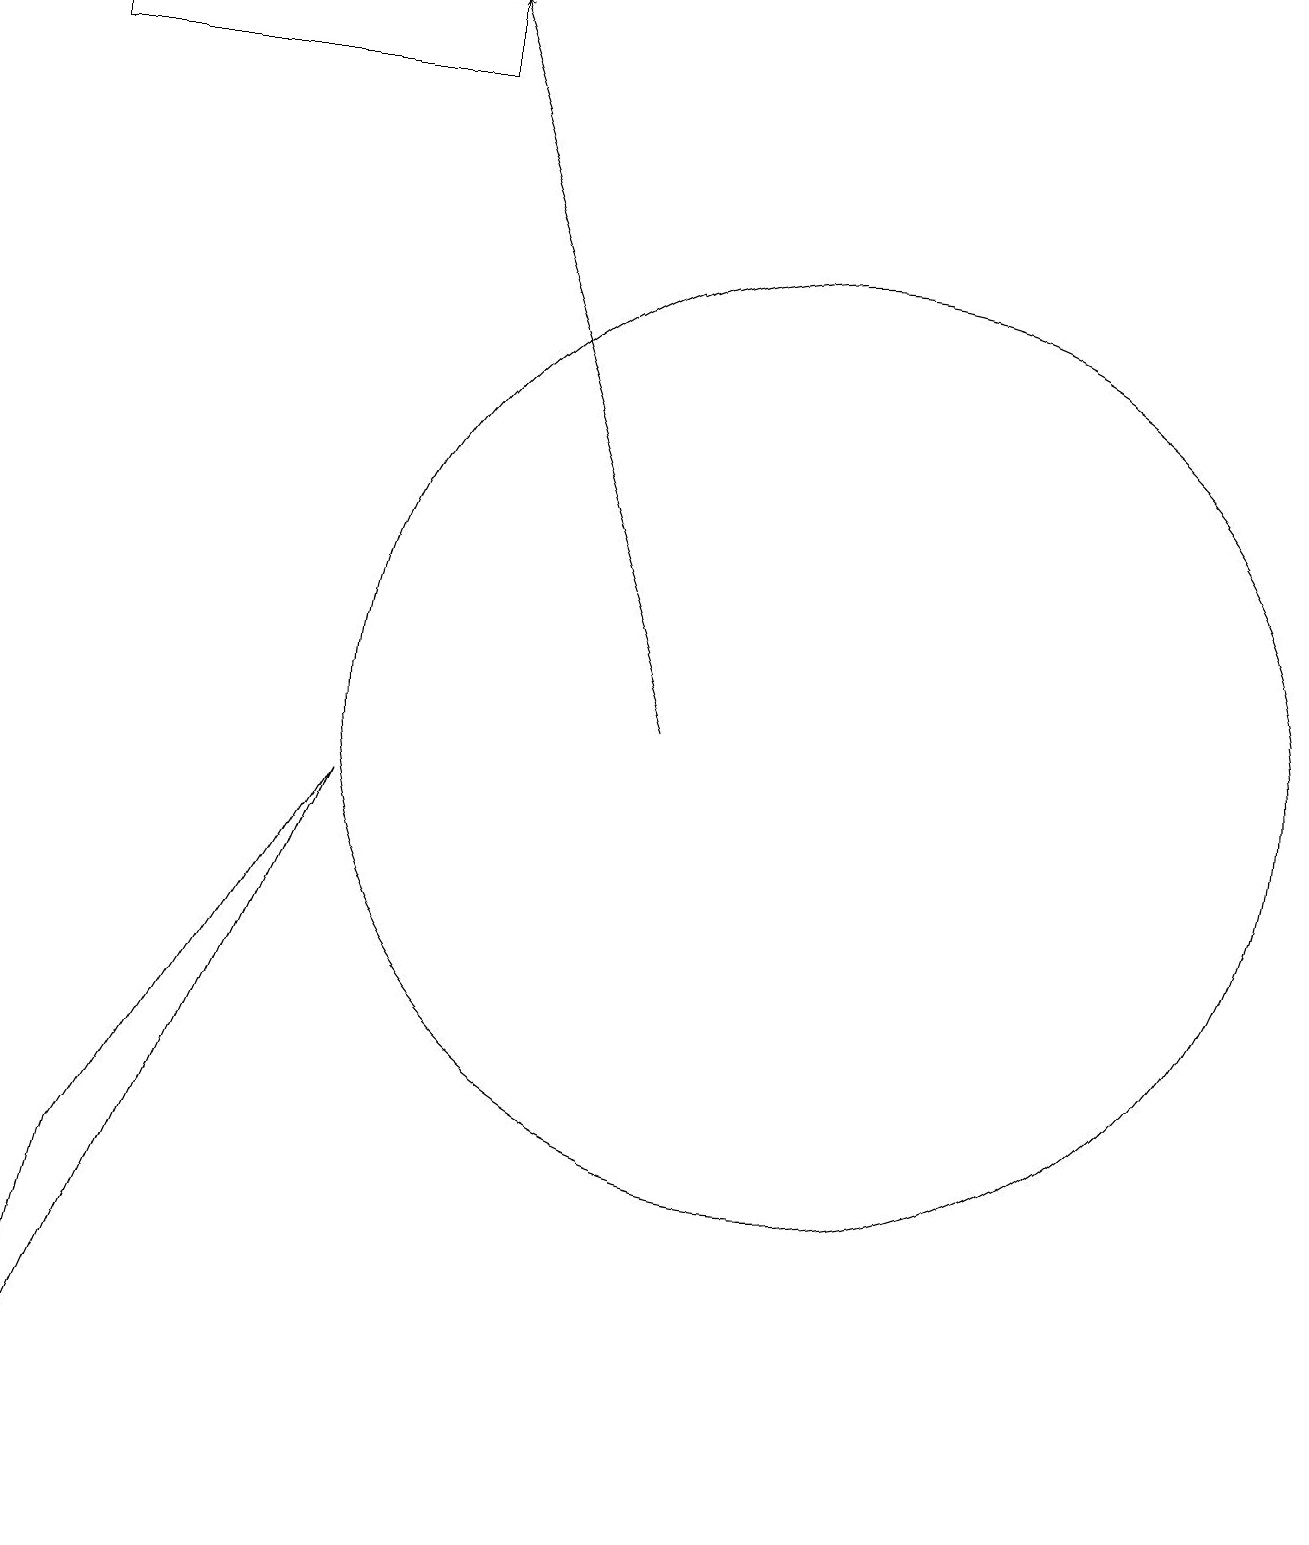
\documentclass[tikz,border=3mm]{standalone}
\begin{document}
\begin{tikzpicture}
\draw[->] (9,10) -- (6,19);
\draw (5,9) -- (1,0) -- (2,4) -- cycle;
\draw (11,10) circle (6);
\draw (1,18) rectangle (6,19);
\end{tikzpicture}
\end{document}